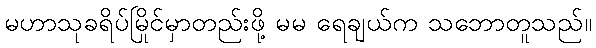
မဟာသုခရိပ်မြိုင်မှာတည်းဖို့ မမ ရေချယ်က သဘောတူသည်။